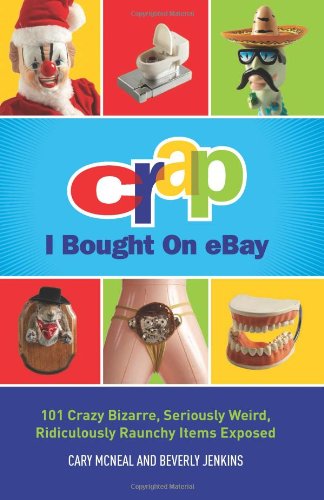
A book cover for Crap I Bought On eBay: 101 Crazy Bizarre, Seriously Weird, Ridiculously Raunchy Items Exposed; Cary McNeal; Humor & Entertainment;